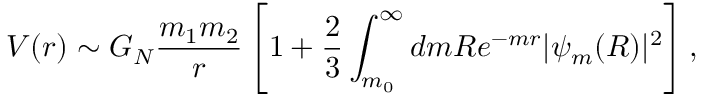
V ( r ) \sim G _ { N } \frac { m _ { 1 } m _ { 2 } } { r } \left[ 1 + \frac { 2 } { 3 } \int _ { m _ { 0 } } ^ { \infty } d m R e ^ { - m r } | \psi _ { m } ( R ) | ^ { 2 } \right] ,